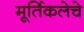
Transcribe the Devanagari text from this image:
मूर्तिकलेचे